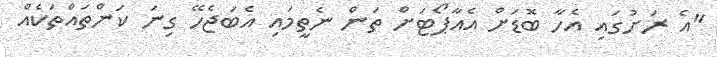
"އެ ރަށުގައި އެހާ ބޮޑަށް އެއާޕޯޓަށް ތަން ނެތީމައި އެބަޖެހޭ ގިނަ ކަންތައްތަކެއް